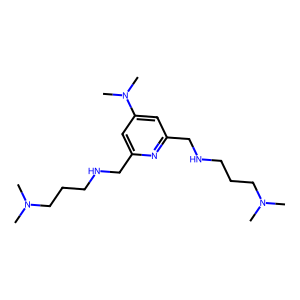
SMILES: CN(C)CCCNCc1cc(N(C)C)cc(CNCCCN(C)C)n1
Inhibits HIV replication: No